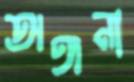
অঙ্গনা